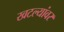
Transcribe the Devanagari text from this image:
खटल्यांवर